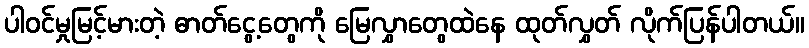
ပါဝင်မှုမြင့်မားတဲ့ ဓာတ်ငွေ့တွေကို မြေလွှာတွေထဲနေ ထုတ်လွှတ် လိုက်ပြန်ပါတယ်။